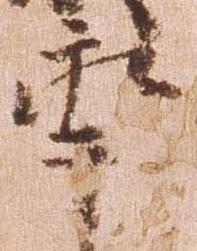
年